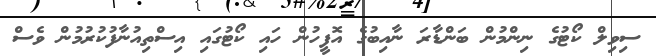
ސިވިލް ކޯޓުގެ ނިންމުން ބަންޑާރަ ނާއިބުގެ އޮފީހުން ހައި ކޯޓުގައި އިސްތިއުނާފުކުރުމުން ވެސް